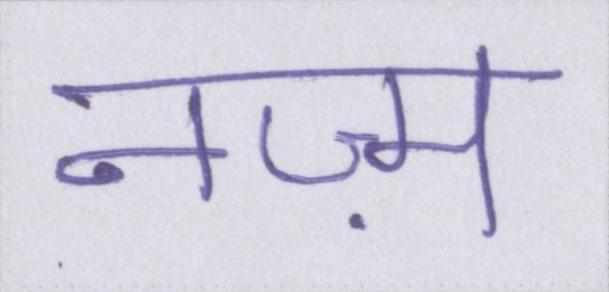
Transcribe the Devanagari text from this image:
नज़्म